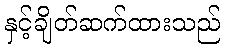
နှင့်ချိတ်ဆက်ထားသည်